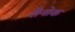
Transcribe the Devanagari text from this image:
रौनोक